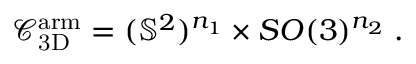
\mathcal { C } _ { \mathrm { 3 D } } ^ { \mathrm { a r m } } = ( \mathbb { S } ^ { 2 } ) ^ { n _ { 1 } } \times S O ( 3 ) ^ { n _ { 2 } } \; .